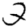
Digit: 2